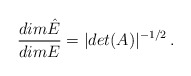
\begin{align*}\frac{dim \hat E}{dimE} = |det(A)|^{-1/2} \, .\end{align*}